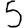
Digit: 5